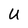
Character: U